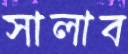
সালাব